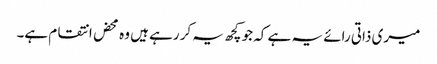
میری ذاتی رائے یہ ہے کہ جو کچھ یہ کر رہے ہیں وہ محض انتقام ہے۔